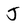
Character: J